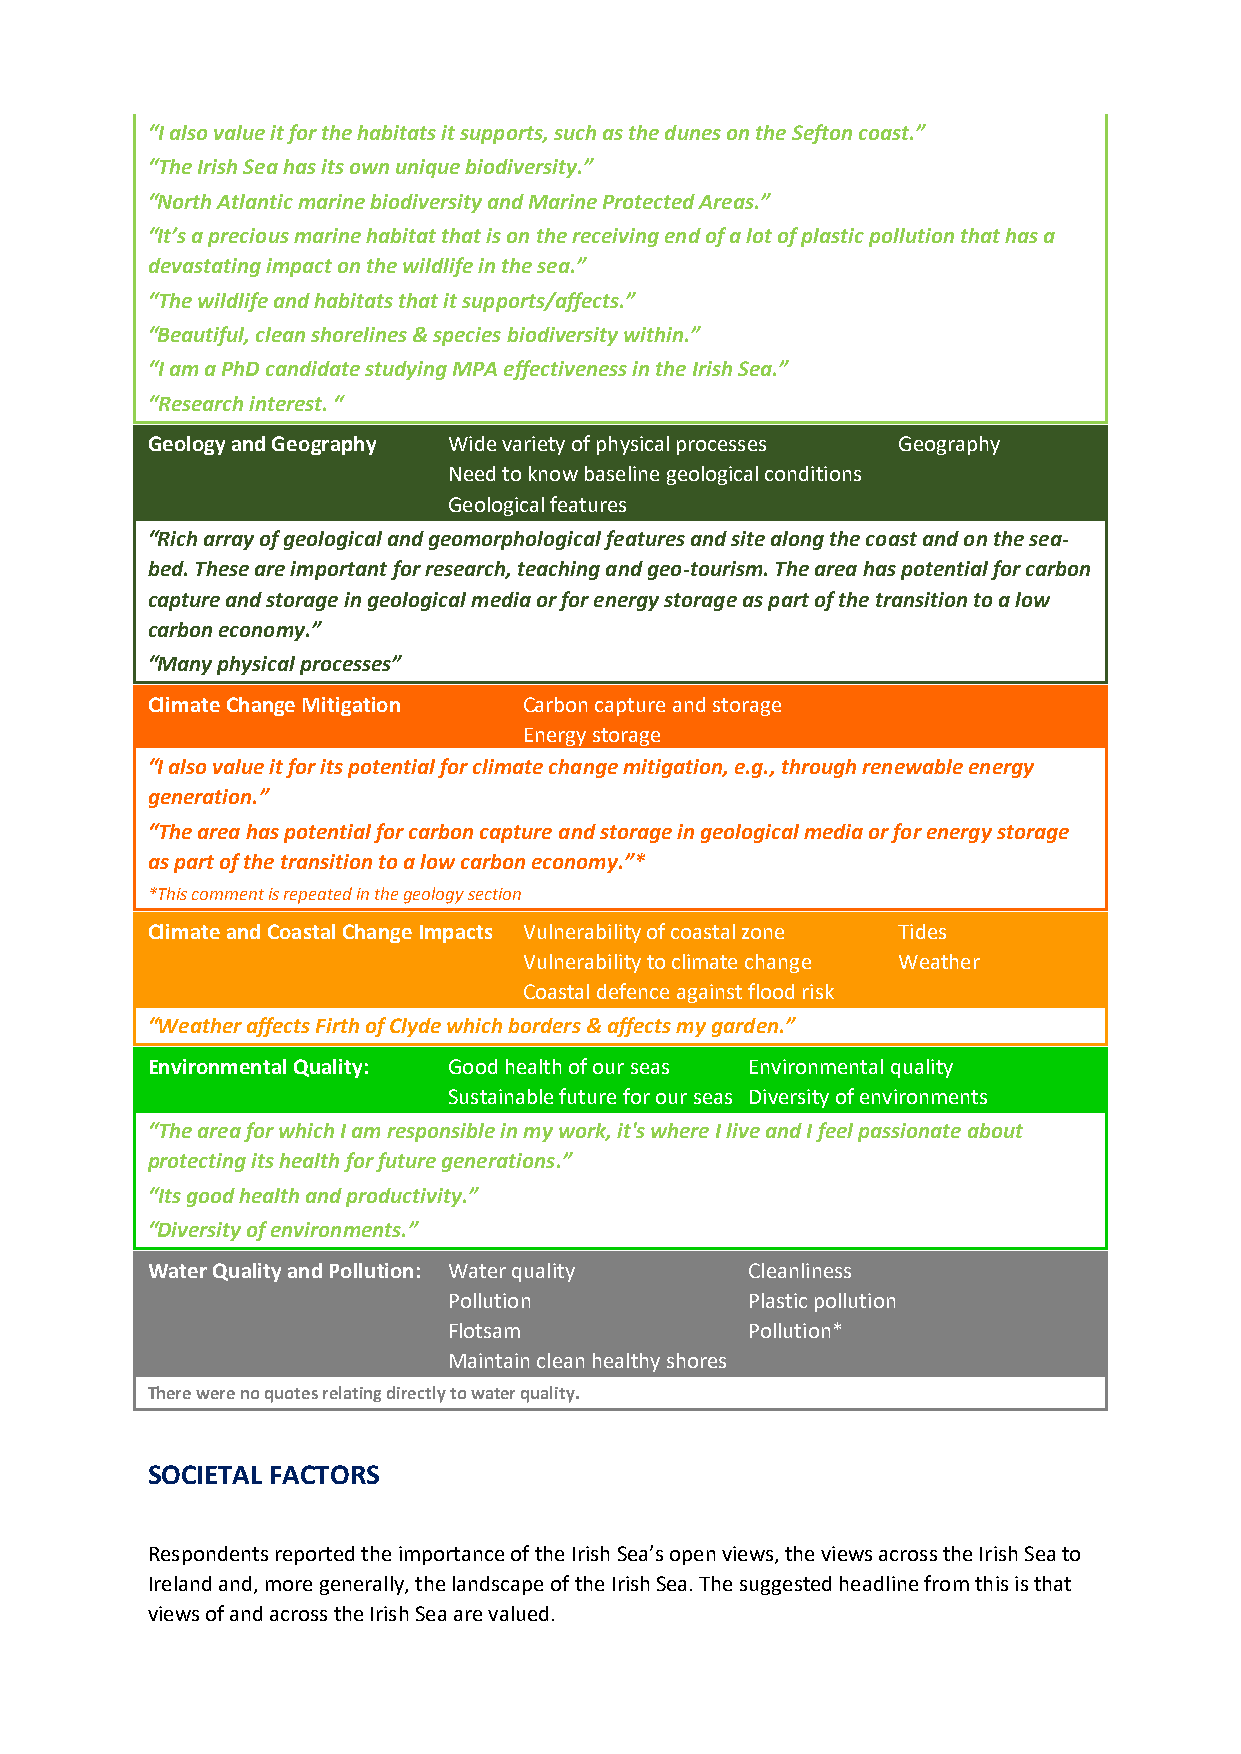
“I also value it for the habitats it supports, such as the dunes on the Sefton coast.”
 “The Irish Sea has its own unique biodiversity.”
 “North Atlantic marine biodiversity and Marine Protected Areas.”
 “It’s a precious marine habitat that is on the receiving end of a lot of plastic pollution that has a
 devastating impact on the wildlife in the sea.”
 “The wildlife and habitats that it supports/affects.”
 “Beautiful, clean shorelines & species biodiversity within.”
 “I am a PhD candidate studying MPA effectiveness in the Irish Sea.”
 “Research interest. “
 Geology and Geography Wide variety of physical processes Geography
 Need to know baseline geological conditions
 Geological features
 “Rich array of geological and geomorphological features and site along the coast and on the sea-
 bed. These are important for research, teaching and geo-tourism. The area has potential for carbon
 capture and storage in geological media or for energy storage as part of the transition to a low
 carbon economy.”
 “Many physical processes”
 Climate Change Mitigation Carbon capture and storage
 Energy storage
 “I also value it for its potential for climate change mitigation, e.g., through renewable energy
 generation.”
 “The area has potential for carbon capture and storage in geological media or for energy storage
 as part of the transition to a low carbon economy.”*
 *This comment is repeated in the geology section
 Climate and Coastal Change Impacts Vulnerability of coastal zone Tides
 Vulnerability to climate change Weather
 Coastal defence against flood risk
 “Weather affects Firth of Clyde which borders & affects my garden.”
 Environmental Quality: Good health of our seas Environmental quality
 Sustainable future for our seas Diversity of environments
 “The area for which I am responsible in my work, it's where I live and I feel passionate about
 protecting its health for future generations.”
 “Its good health and productivity.”
 “Diversity of environments.”
 Water Quality and Pollution: Water quality Cleanliness
 Pollution           Plastic pollution
 Flotsam             Pollution*
 Maintain clean healthy shores
 There were no quotes relating directly to water quality.
 SOCIETAL FACTORS
 Respondents reported the importance of the Irish Sea’s open views, the views across the Irish Sea to
 Ireland and, more generally, the landscape of the Irish Sea. The suggested headline from this is that
 views of and across the Irish Sea are valued.